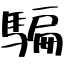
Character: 騙